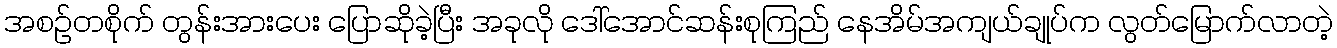
အစဉ်တစိုက် တွန်းအားပေး ပြောဆိုခဲ့ပြီး အခုလို ဒေါ်အောင်ဆန်းစုကြည် နေအိမ်အကျယ်ချုပ်က လွတ်မြောက်လာတဲ့